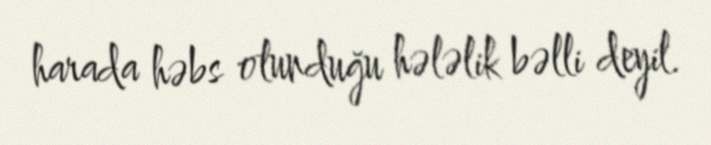
harada həbs olunduğu hələlik bəlli deyil.